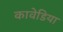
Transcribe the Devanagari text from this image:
कावेडिया